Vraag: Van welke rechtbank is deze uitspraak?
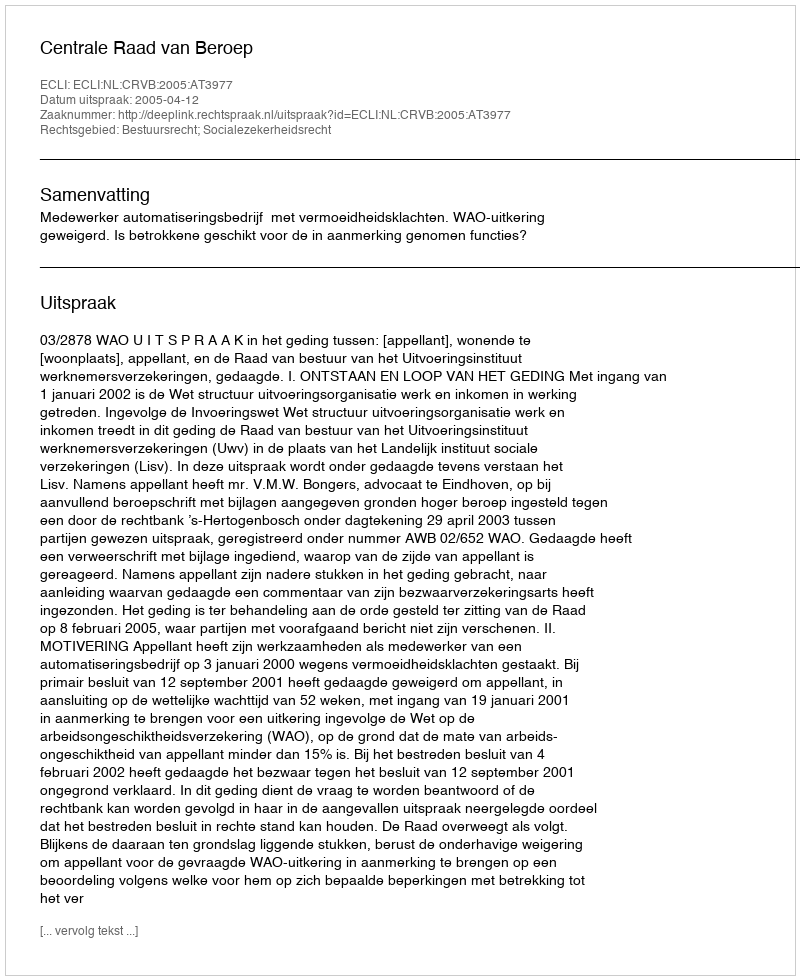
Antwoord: Centrale Raad van Beroep